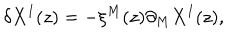
\delta X ^ { I } ( z ) = - \xi ^ { M } ( z ) \partial _ { M } X ^ { I } ( z ) ,